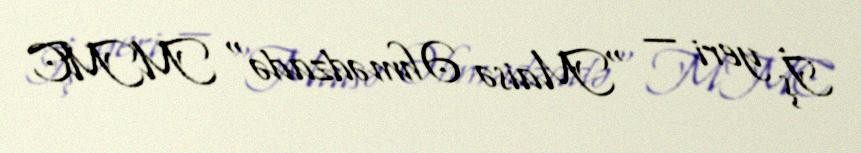
İş yeri — "Maisə Əhmədzadə" MMC